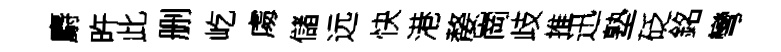
麝旿此删屹䖏儲远快港嫠崗歧推迅塾砭銘彎